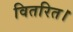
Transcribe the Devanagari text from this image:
वितरित।